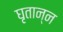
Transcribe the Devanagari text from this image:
घृतान्न